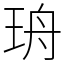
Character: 珘